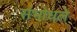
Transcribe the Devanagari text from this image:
संभोधले